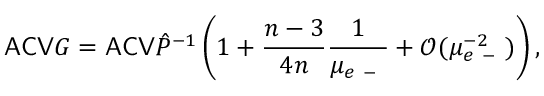
\mathsf { A C V } G = \mathsf { A C V } \hat { P } ^ { - 1 } \left( 1 + \frac { n - 3 } { 4 n } \frac { 1 } { \mu _ { e \mathrm { ~ - ~ } } } + \mathcal O ( \mu _ { e \mathrm { ~ - ~ } } ^ { - 2 } ) \right) ,